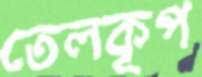
তেলকূপ